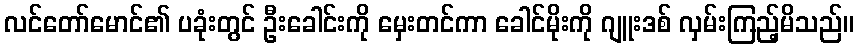
လင်တော်မောင်၏ ပခုံးတွင် ဦးခေါင်းကို မှေးတင်ကာ ခေါင်မိုးကို ဂျူးဒစ် လှမ်းကြည့်မိသည်။